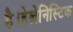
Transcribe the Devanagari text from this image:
है।हेल्लेनिस्टिक